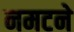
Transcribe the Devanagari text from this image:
नमटने